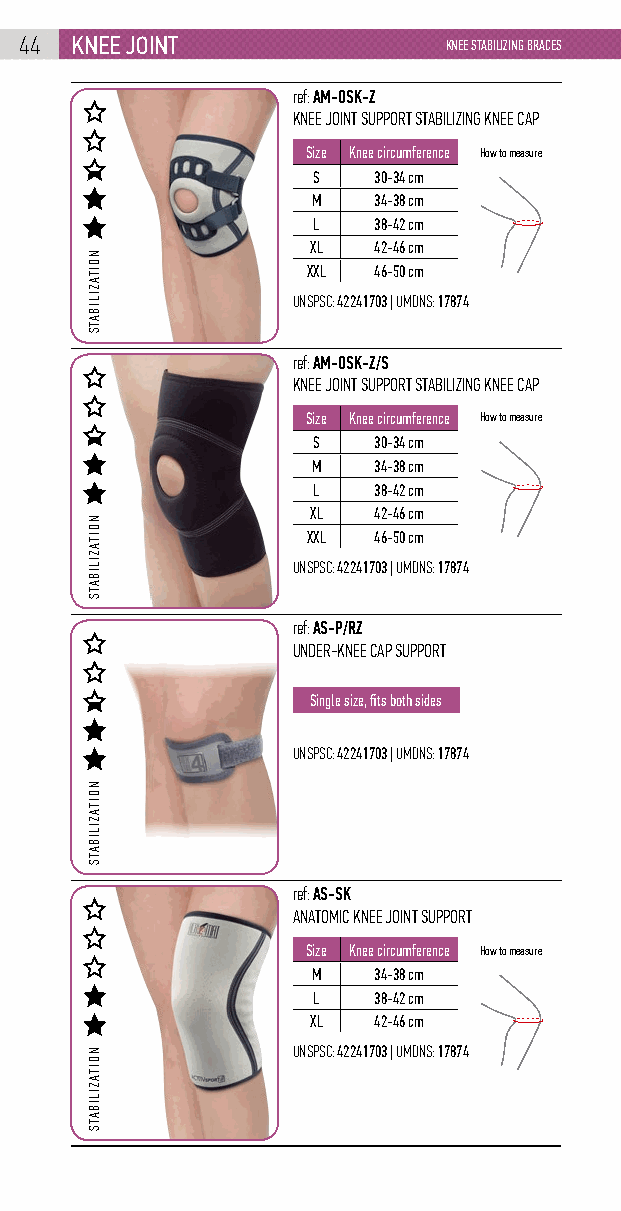
44  knEE joint              KNEE STABILIZING BRACES
 ref: AM-OSK-Z
 KNEE JOINT SUPPORT STABILIZING KNEE CAP
 Size Knee circumference How to measure
 S   30-34 cm
 M   34-38 cm
 L   38-42 cm
 XL  42-46 cm
 XXL  46-50 cm
 UNSPSC: 42241703 | UMDNS: 17874
 ref: AM-OSK-Z/S
 KNEE JOINT SUPPORT STABILIZING KNEE CAP
 Size Knee circumference How to measure
 S   30-34 cm
 M   34-38 cm
 L   38-42 cm
 XL  42-46 cm
 XXL  46-50 cm
 UNSPSC: 42241703 | UMDNS: 17874
 ref: AS-P/RZ
 UNDER-KNEE CAP SUPPORT
 Single size, fits both sides
 UNSPSC: 42241703 | UMDNS: 17874
 ref: AS-SK
 ANATOMIC KNEE JOINT SUPPORT
 Size Knee circumference How to measure
 M   34-38 cm
 L   38-42 cm
 XL  42-46 cm
 UNSPSC: 42241703 | UMDNS: 17874
 NOITAZILIBATS
 NOITAZILIBATS
 NOITAZILIBATS
 NOITAZILIBATS